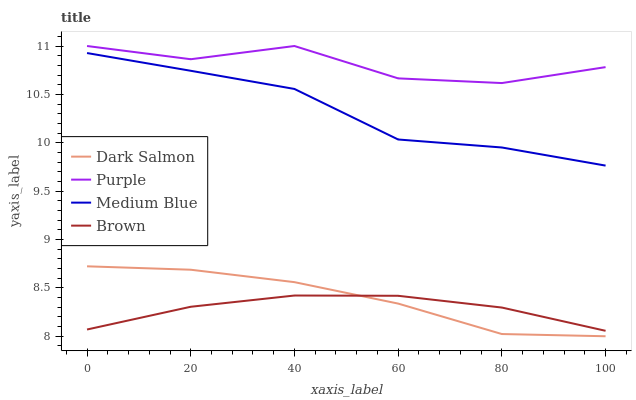
| xaxis_label | Dark Salmon | Purple | Medium Blue | Brown |
 | --- | --- | --- | --- | --- |
 | 0 | 8.72 | 11 | 10.9 | 8.07 |
 | 20 | 8.69 | 10.9 | 10.7 | 8.3 |
 | 40 | 8.56 | 11 | 10.6 | 8.42 |
 | 60 | 8.34 | 10.7 | 10 | 8.42 |
 | 80 | 8.02 | 10.6 | 9.95 | 8.3 |
 | 100 | 8 | 10.8 | 9.76 | 8.06 |